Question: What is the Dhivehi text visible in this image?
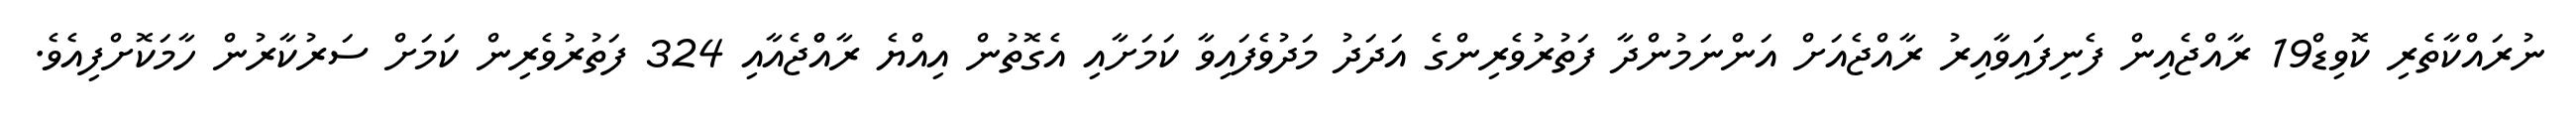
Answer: ނުރައްކާތެރި ކޮވިޑް19 ރާއްޖެއިން ފެނިފައިވާއިރު ރާއްޖެއަށް އަންނަމުންދާ ފަތުރުވެރިންގެ އަދަދު މަދުވެފައިވާ ކަމަށާއި އެގޮތުން އިއްޔެ ރާއްްޖެއާއި 324 ފަތުރުވެރިން ކަމަށް ސަރުކާރުން ހާމަކޮށްފިއެވެ.